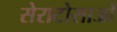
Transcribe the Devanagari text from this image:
सेराटोसाओं